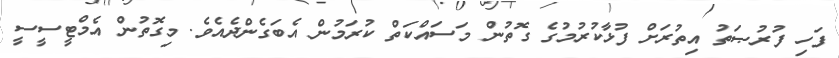
ފަހި ފުރުޞަތު އިތުރަށް ފުޅާކުރުމުގެ ގޮތުން މަސައްކަތް ކުރަމުން އެބަގެންދެއެވެ. މިގޮތުން އެމްޓީސީސީ